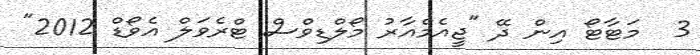
3  މަޓާޓޯ އިން ދޭ "ޖީއެމްއާރު މޯލްޑިވްސް ޓްރެވަލް އެވޯޑް 2012"